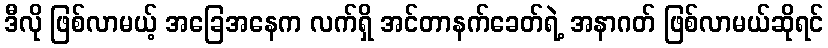
ဒီလို ဖြစ်လာမယ့် အခြေအနေက လက်ရှိ အင်တာနက်ခေတ်ရဲ့ အနာဂတ် ဖြစ်လာမယ်ဆိုရင်